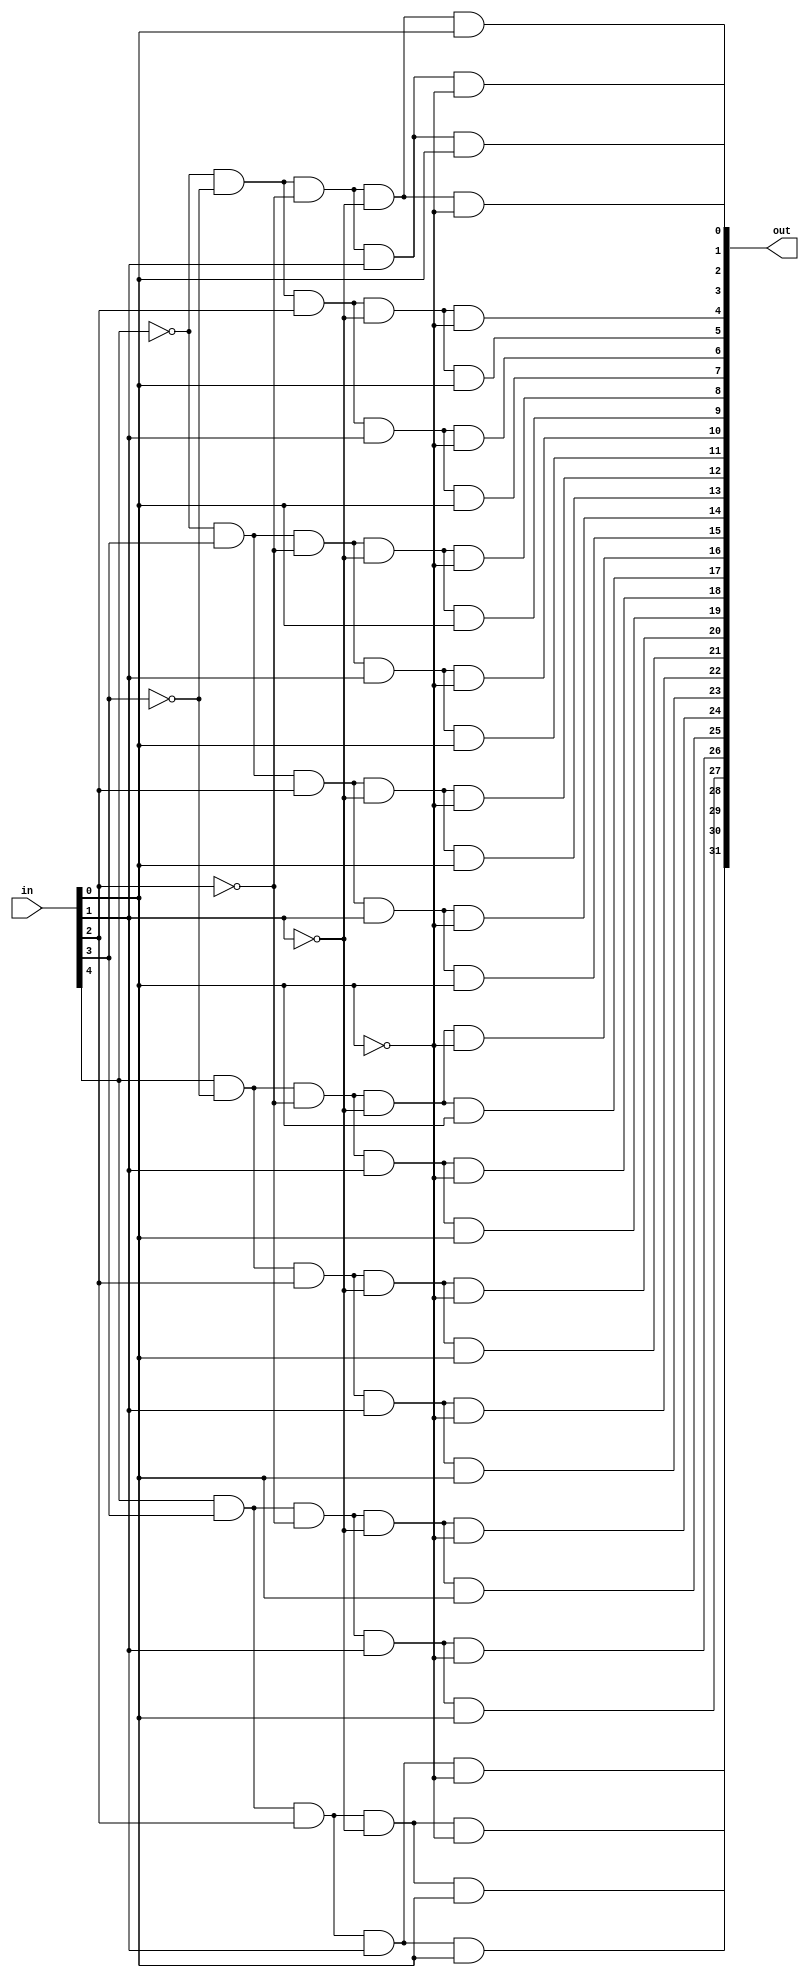
module decoder_32(in, out);
	input [4:0] in;
	output [31:0] out;
	wire [4:0] nin;
	
	not notgate0(nin[0], in[0]);
	not notgate1(nin[1], in[1]);
	not notgate2(nin[2], in[2]);
	not notgate3(nin[3], in[3]);
	not notgate4(nin[4], in[4]);
	
	and and0(out[0], nin[4], nin[3], nin[2], nin[1], nin[0]);
	and and1(out[1], nin[4], nin[3], nin[2], nin[1], in[0]);
	and and2(out[2], nin[4], nin[3], nin[2], in[1], nin[0]);
	and and3(out[3], nin[4], nin[3], nin[2], in[1], in[0]);
	and and4(out[4], nin[4], nin[3], in[2], nin[1], nin[0]);
	and and5(out[5], nin[4], nin[3], in[2], nin[1], in[0]);
	and and6(out[6], nin[4], nin[3], in[2], in[1], nin[0]);
	and and7(out[7], nin[4], nin[3], in[2], in[1], in[0]);
	and and8(out[8], nin[4], in[3], nin[2], nin[1], nin[0]);
	and and9(out[9], nin[4], in[3], nin[2], nin[1], in[0]);
	and and10(out[10], nin[4], in[3], nin[2], in[1], nin[0]);
	and and11(out[11], nin[4], in[3], nin[2], in[1], in[0]);
	and and12(out[12], nin[4], in[3], in[2], nin[1], nin[0]);
	and and13(out[13], nin[4], in[3], in[2], nin[1], in[0]);
	and and14(out[14], nin[4], in[3], in[2], in[1], nin[0]);
	and and15(out[15], nin[4], in[3], in[2], in[1], in[0]);
	and and16(out[16], in[4], nin[3], nin[2], nin[1], nin[0]);
	and and17(out[17], in[4], nin[3], nin[2], nin[1], in[0]);
	and and18(out[18], in[4], nin[3], nin[2], in[1], nin[0]);
	and and19(out[19], in[4], nin[3], nin[2], in[1], in[0]);
	and and20(out[20], in[4], nin[3], in[2], nin[1], nin[0]);
	and and21(out[21], in[4], nin[3], in[2], nin[1], in[0]);
	and and22(out[22], in[4], nin[3], in[2], in[1], nin[0]);
	and and23(out[23], in[4], nin[3], in[2], in[1], in[0]);
	and and24(out[24], in[4], in[3], nin[2], nin[1], nin[0]);
	and and25(out[25], in[4], in[3], nin[2], nin[1], in[0]);
	and and26(out[26], in[4], in[3], nin[2], in[1], nin[0]);
	and and27(out[27], in[4], in[3], nin[2], in[1], in[0]);
	and and28(out[28], in[4], in[3], in[2], nin[1], nin[0]);
	and and29(out[29], in[4], in[3], in[2], nin[1], in[0]);
	and and30(out[30], in[4], in[3], in[2], in[1], nin[0]);
	and and31(out[31], in[4], in[3], in[2], in[1], in[0]);

endmodule